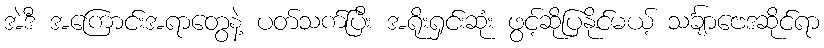
အဲဒီ အကြောင်းအရာတွေနဲ့ ပတ်သက်ပြီး အရိုးရှင်းဆုံး ဖွင့်ဆိုပြနိုင်မယ့် သင်္ချာဗေဒဆိုင်ရာ